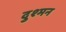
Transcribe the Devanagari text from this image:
दुश्‍मन